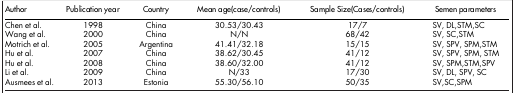
| Author | Publication year | Country | Mean age(case/controls) | Sample Size(Cases/controls) | Semen parameters |
 | --- | --- | --- | --- | --- | --- |
 | Chen et al. | 1998 | China | 30.53/30.43 | 17/7 | SV, DL,STM,SC |
 | Wang et al. | 2000 | China | N/N | 68/42 | SV, SC,STM |
 | Motrich et al. | 2005 | Argentina | 41.41/32.18 | 15/15 | SV, SPV, SPM,STM |
 | Hu et al. | 2007 | China | 38.62/30.45 | 41/12 | SV, SPV, SPM, STM |
 | Hu et al. | 2008 | China | 38.60/32.00 | 41/12 | SV, SPM,STM,SPV |
 | Li et al. | 2009 | China | N/33 | 17/30 | SV, DL, SPV, SC |
 | Ausmees et al. | 2013 | Estonia | 55.30/56.10 | 50/35 | SV,SC,SPM |